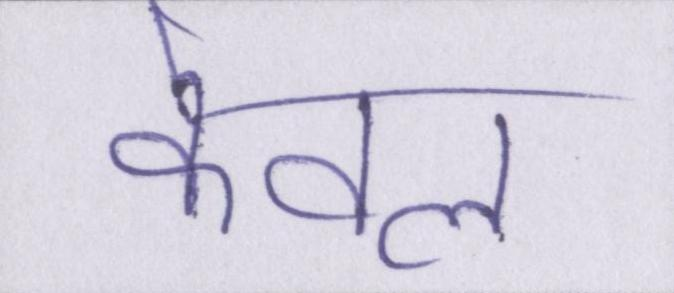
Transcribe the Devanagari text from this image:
केवल